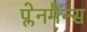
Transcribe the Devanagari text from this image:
प्लेनमैन्स